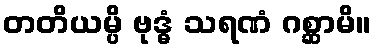
တတိယမ္ပိ ဗုဒ္ဓံ သရဏံ ဂစ္ဆာမိ။